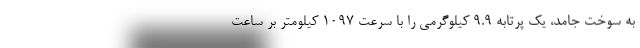
به سوخت جامد، یک پرتابه 9.9 کیلوگرمی را با سرعت 1097 کیلومتر بر ساعت